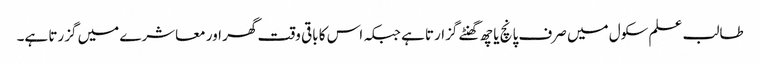
طالب علم سکول میں صرف پانچ یا چھ گھنٹے گزارتا ہے جبکہ اس کا باقی وقت گھر اور معاشرے میں گزرتا ہے۔